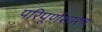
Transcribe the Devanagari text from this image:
परिपूर्णशास्त्र